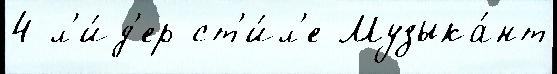
4 л'и́д'ер ст'и́л'е Музыка́нт